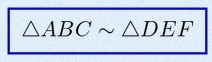
\triangle ABC\sim\triangle DEF